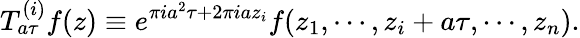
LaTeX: T_{a\tau}^{(i)}f(z)\equiv e^{\pi ia^{2}\tau+2\pi iaz_{i}}f(z_{1},\cdots,z_{i}+a\tau,\cdots,z_{n}).